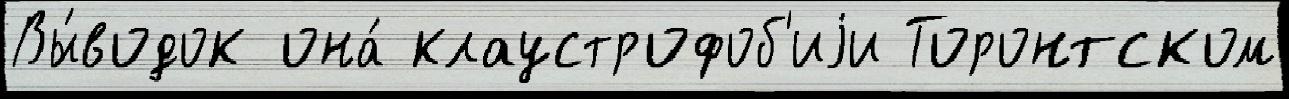
Вы́водок она́ клаустрофоб'иjи Торонтском